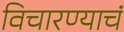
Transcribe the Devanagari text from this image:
विचारण्याचं